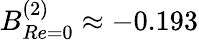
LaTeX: B_{Re=0}^{(2)}\approx-0.193